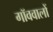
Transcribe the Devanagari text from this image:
गॉववालों